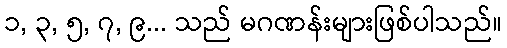
၁, ၃, ၅, ၇, ၉... သည် မဂဏန်းများဖြစ်ပါသည်။